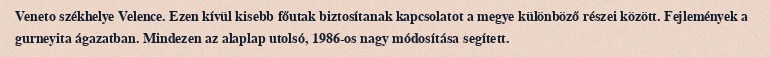
Veneto székhelye Velence. Ezen kívül kisebb főutak biztosítanak kapcsolatot a megye különböző részei között. Fejlemények a gurneyita ágazatban. Mindezen az alaplap utolsó, 1986-os nagy módosítása segített.